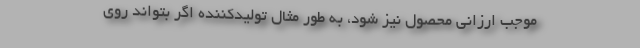
موجب ارزانی محصول نیز شود، به طور مثال تولیدکننده اگر بتواند روی